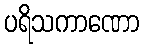
ပရိသကာဏော